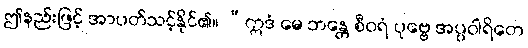
ဤနည်းဖြင့် အာပတ်သင့်နိုင်၏။ “ဣဒံ မေ ဘန္တေ စီဝရံ ပုဗ္ဗေ အပ္ပဝါရိတေ